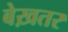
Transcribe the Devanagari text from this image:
बेख़तर